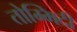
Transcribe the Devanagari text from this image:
तोम्मिदी